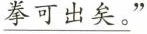
\underline{拳可出矣。}”